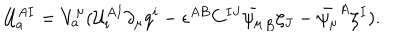
LaTeX: { \cal U } _ { a } ^ { A I } = V _ { a } ^ { \mu } ( { \cal U } _ { i } ^ { A I } \partial _ { \mu } q ^ { i } - \epsilon ^ { A B } C ^ { I J } \bar { \psi _ { \mu } } _ { B } \zeta _ { J } - \bar { \psi _ { \mu } } ^ { A } \zeta ^ { I } ) .